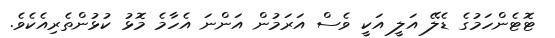
ޓޮޓެންހަމުގެ ޑެލޭ އަލީ އަކީ ވެސް އަރަމުން އަންނަ އެހާމެ މޮޅު ކުޅުންތެރިއެކެވެ.